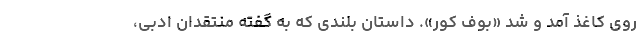
روی کاغذ آمد و شد «بوف کور». داستان بلندی که به گفته منتقدان ادبی،